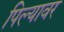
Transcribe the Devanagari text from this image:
पिल्यावर